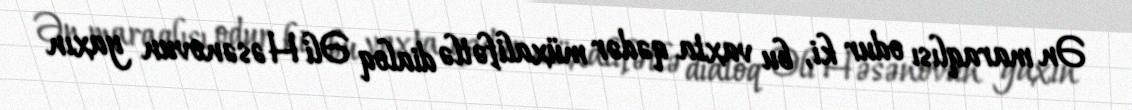
Ən maraqlısı odur ki, bu vaxta qədər müxalifətlə dialoq Əli Həsənovun yaxın